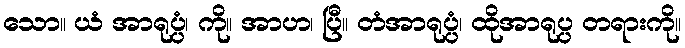
သော။ ယံ အာရုပ္ပံ၊ ကို။ အာဟ၊ ပြီ။ တံအာရုပ္ပံ၊ ထိုအာရုပ္ပ တရားကို။